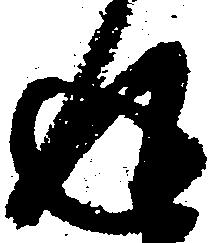
返